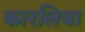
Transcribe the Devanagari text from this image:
कारलिया